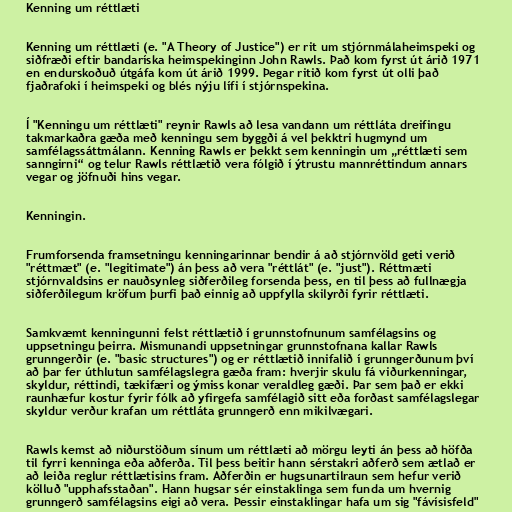
Kenning um réttlæti

Kenning um réttlæti (e. "A Theory of Justice") er rit um stjórnmálaheimspeki og
siðfræði eftir bandaríska heimspekinginn John Rawls. Það kom fyrst út árið 1971
en endurskoðuð útgáfa kom út árið 1999. Þegar ritið kom fyrst út olli það
fjaðrafoki í heimspeki og blés nýju lífi í stjórnspekina.

Í "Kenningu um réttlæti" reynir Rawls að lesa vandann um réttláta dreifingu
takmarkaðra gæða með kenningu sem byggði á vel þekktri hugmynd um
samfélagssáttmálann. Kenning Rawls er þekkt sem kenningin um „réttlæti sem
sanngirni“ og telur Rawls réttlætið vera fólgið í ýtrustu mannréttindum annars
vegar og jöfnuði hins vegar.

Kenningin.

Frumforsenda framsetningu kenningarinnar bendir á að stjórnvöld geti verið
"réttmæt" (e. "legitimate") án þess að vera "réttlát" (e. "just"). Réttmæti
stjórnvaldsins er nauðsynleg siðferðileg forsenda þess, en til þess að fullnægja
siðferðilegum kröfum þurfi það einnig að uppfylla skilyrði fyrir réttlæti.

Samkvæmt kenningunni felst réttlætið í grunnstofnunum samfélagsins og
uppsetningu þeirra. Mismunandi uppsetningar grunnstofnana kallar Rawls
grunngerðir (e. "basic structures") og er réttlætið innifalið í grunngerðunum því
að þar fer úthlutun samfélagslegra gæða fram: hverjir skulu fá viðurkenningar,
skyldur, réttindi, tækifæri og ýmiss konar veraldleg gæði. Þar sem það er ekki
raunhæfur kostur fyrir fólk að yfirgefa samfélagið sitt eða forðast samfélagslegar
skyldur verður krafan um réttláta grunngerð enn mikilvægari.

Rawls kemst að niðurstöðum sínum um réttlæti að mörgu leyti án þess að höfða
til fyrri kenninga eða aðferða. Til þess beitir hann sérstakri aðferð sem ætlað er
að leiða reglur réttlætisins fram. Aðferðin er hugsunartilraun sem hefur verið
kölluð "upphafsstaðan". Hann hugsar sér einstaklinga sem funda um hvernig
grunngerð samfélagsins eigi að vera. Þessir einstaklingar hafa um sig "fávísisfeld"